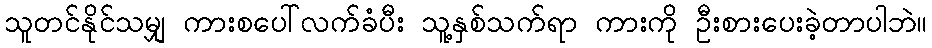
သူတင်နိုင်သမျှ ကားစပေါ်လက်ခံပီး သူ့နှစ်သက်ရာ ကားကို ဦးစားပေးခဲ့တာပါဘဲ။